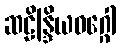
ဆဠိန္ဒြိယဝဂ္ဂေါ